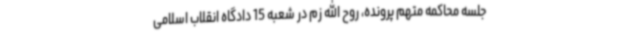
جلسه محاکمه متهم پرونده، روح الله زم در شعبه 15 دادگاه انقلاب اسلامی